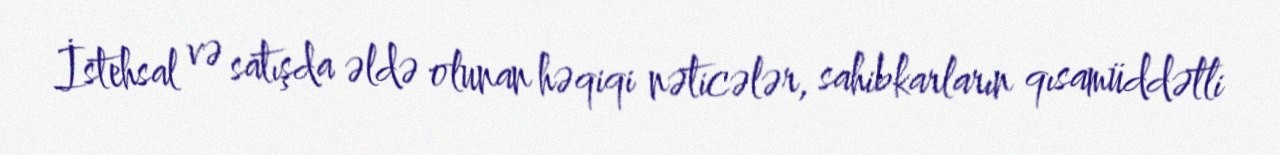
İstehsal və satışda əldə olunan həqiqi nəticələr, sahibkarların qısamüddətli